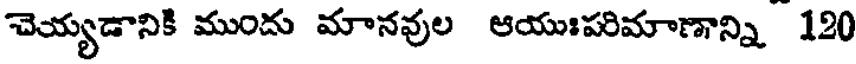
చెయ్యడానికి ముందు మానవుల ఆయుఃపరిమాణాన్ని 120